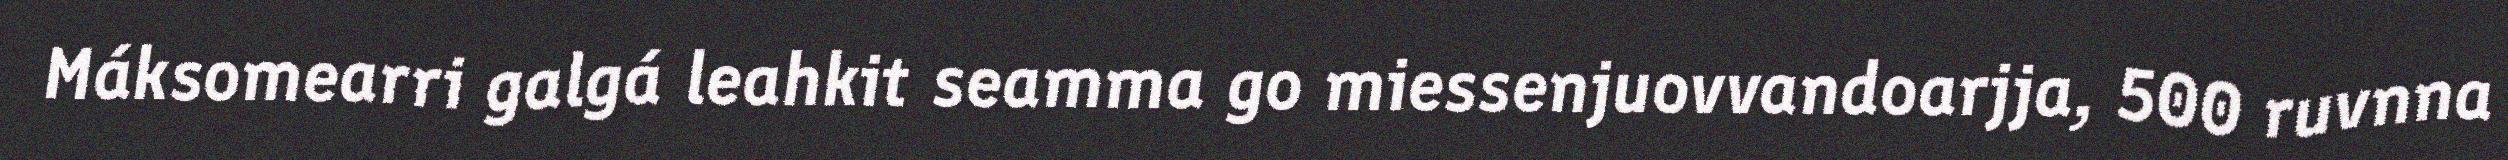
Máksomearri galgá leahkit seamma go miessenjuovvandoarjja, 500 ruvnna